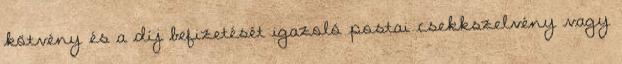
kötvény és a díj befizetését igazoló postai csekkszelvény vagy